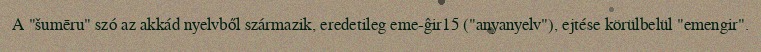
A "šumēru" szó az akkád nyelvből származik, eredetileg eme-ĝir15 ("anyanyelv"), ejtése körülbelül "emengir".